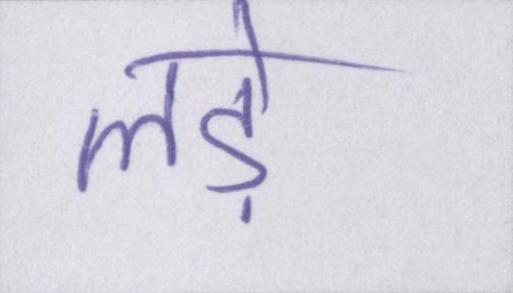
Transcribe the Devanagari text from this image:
लड़े